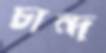
চান্দ